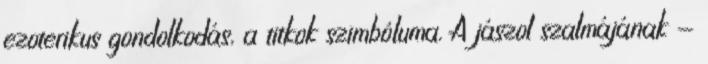
ezoterikus gondolkodás, a titkok szimbóluma. A jászol szalmájának -